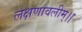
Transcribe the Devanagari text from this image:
लक्षणावलीम्।।